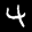
Label: 4